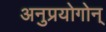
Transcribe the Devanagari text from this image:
अनुप्रयोगोन्